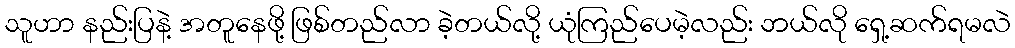
သူဟာ နည်းပြနဲ့ အတူနေဖို့ ဖြစ်တည်လာ ခဲ့တယ်လို့ ယုံကြည်ပေမဲ့လည်း ဘယ်လို ရှေ့ဆက်ရမလဲ